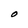
Character: O